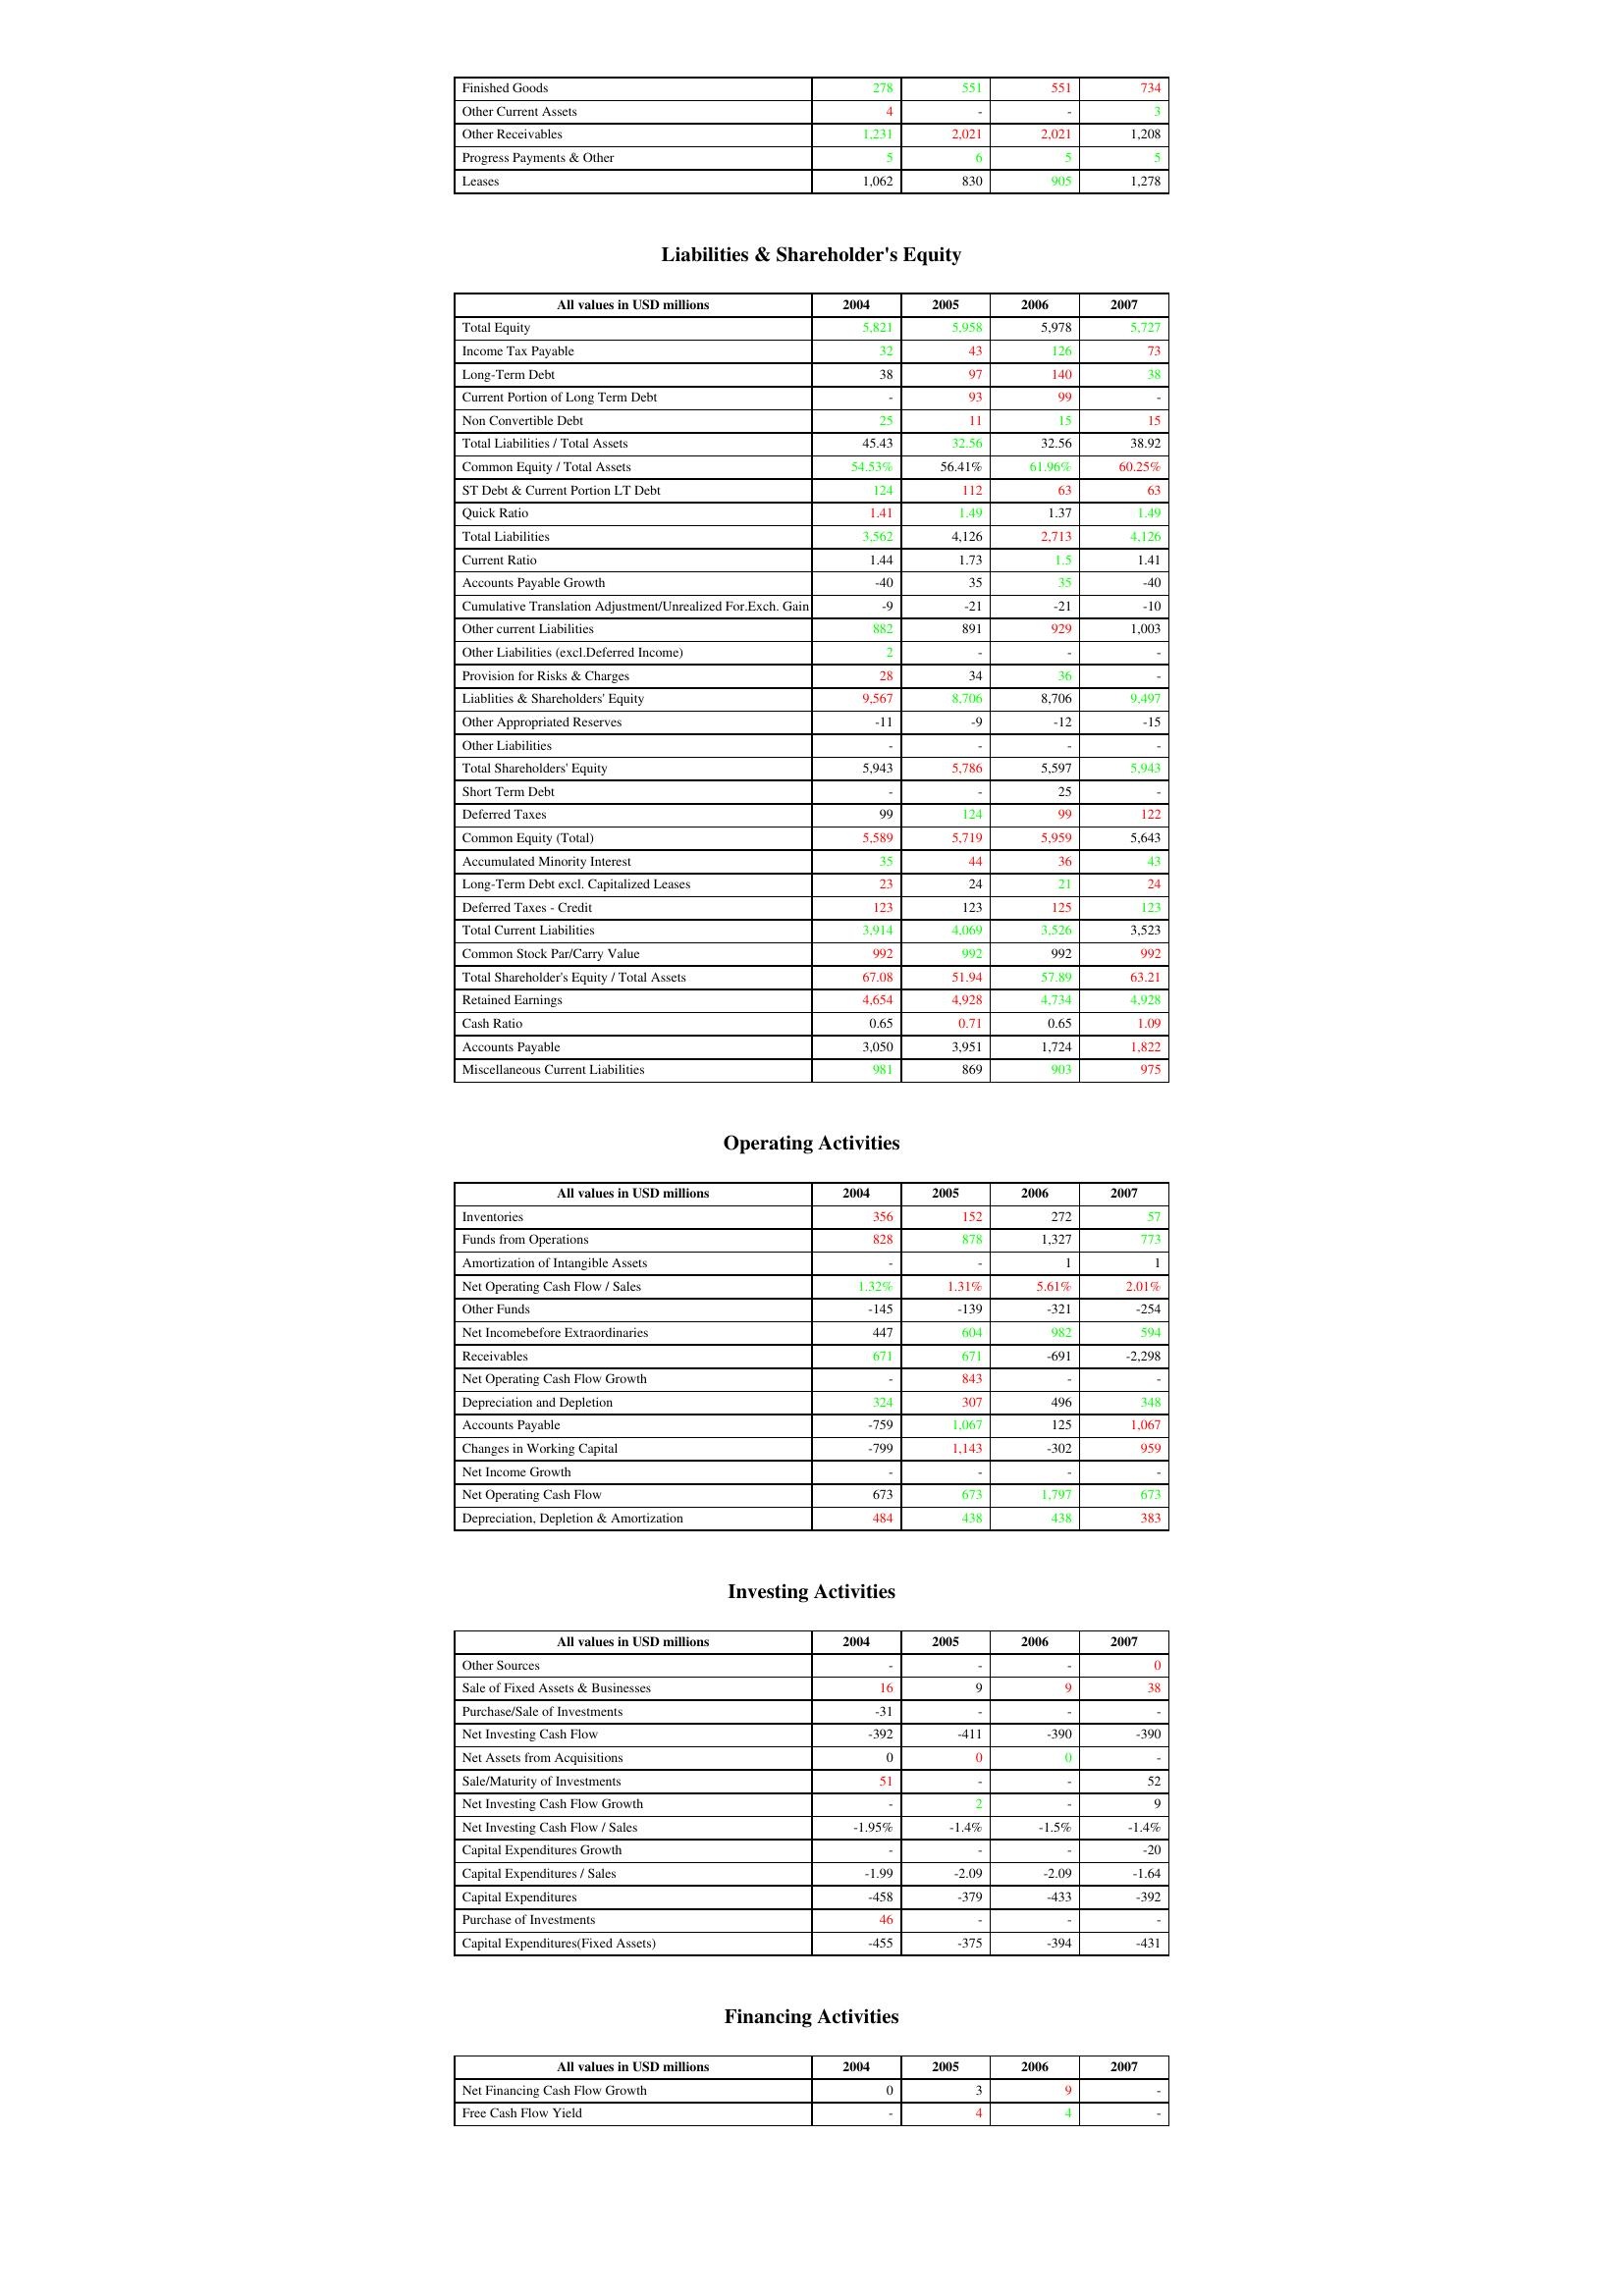
gt_parse: 2004: Assets: Finished Goods: 278
Other Current Assets: 4
Other Receivables: 1,231
Progress Payments & Other: 5
Leases: 1,062
Liabilities & Shareholder's Equity: Total Equity: 5,821
Income Tax Payable: 32
Long-Term Debt: 38
Current Portion of Long Term Debt: -
Non Convertible Debt: 25
Total Liabilities / Total Assets: 45.43
Common Equity / Total Assets: 54.53%
ST Debt & Current Portion LT Debt: 124
Quick Ratio: 1.41
Total Liabilities: 3,562
Current Ratio: 1.44
Accounts Payable Growth: -40
Cumulative Translation Adjustment/Unrealized For.Exch. Gain: -9
Other current Liabilities: 882
Other Liabilities (excl.Deferred Income): 2
Provision for Risks & Charges: 28
Liablities & Shareholders' Equity: 9,567
Other Appropriated Reserves: -11
Other Liabilities: -
Total Shareholders' Equity: 5,943
Short Term Debt: -
Deferred Taxes: 99
Common Equity (Total): 5,589
Accumulated Minority Interest: 35
Long-Term Debt excl. Capitalized Leases: 23
Deferred Taxes - Credit: 123
Total Current Liabilities: 3,914
Common Stock Par/Carry Value: 992
Total Shareholder's Equity / Total Assets: 67.08
Retained Earnings: 4,654
Cash Ratio: 0.65
Accounts Payable: 3,050
Miscellaneous Current Liabilities: 981
Operating Activities: Inventories: 356
Funds from Operations: 828
Amortization of Intangible Assets: -
Net Operating Cash Flow / Sales: 1.32%
Other Funds: -145
Net Incomebefore Extraordinaries: 447
Receivables: 671
Net Operating Cash Flow Growth: -
Depreciation and Depletion: 324
Accounts Payable: -759
Changes in Working Capital: -799
Net Income Growth: -
Net Operating Cash Flow: 673
Depreciation, Depletion & Amortization: 484
Investing Activities: Other Sources: -
Sale of Fixed Assets & Businesses: 16
Purchase/Sale of Investments: -31
Net Investing Cash Flow: -392
Net Assets from Acquisitions: 0
Sale/Maturity of Investments: 51
Net Investing Cash Flow Growth: -
Net Investing Cash Flow / Sales: -1.95%
Capital Expenditures Growth: -
Capital Expenditures / Sales: -1.99
Capital Expenditures: -458
Purchase of Investments: 46
Capital Expenditures(Fixed Assets): -455
Financing Activities: Net Financing Cash Flow Growth: 0
Free Cash Flow Yield: -
2005: Assets: Finished Goods: 551
Other Current Assets: -
Other Receivables: 2,021
Progress Payments & Other: 6
Leases: 830
Liabilities & Shareholder's Equity: Total Equity: 5,958
Income Tax Payable: 43
Long-Term Debt: 97
Current Portion of Long Term Debt: 93
Non Convertible Debt: 11
Total Liabilities / Total Assets: 32.56
Common Equity / Total Assets: 56.41%
ST Debt & Current Portion LT Debt: 112
Quick Ratio: 1.49
Total Liabilities: 4,126
Current Ratio: 1.73
Accounts Payable Growth: 35
Cumulative Translation Adjustment/Unrealized For.Exch. Gain: -21
Other current Liabilities: 891
Other Liabilities (excl.Deferred Income): -
Provision for Risks & Charges: 34
Liablities & Shareholders' Equity: 8,706
Other Appropriated Reserves: -9
Other Liabilities: -
Total Shareholders' Equity: 5,786
Short Term Debt: -
Deferred Taxes: 124
Common Equity (Total): 5,719
Accumulated Minority Interest: 44
Long-Term Debt excl. Capitalized Leases: 24
Deferred Taxes - Credit: 123
Total Current Liabilities: 4,069
Common Stock Par/Carry Value: 992
Total Shareholder's Equity / Total Assets: 51.94
Retained Earnings: 4,928
Cash Ratio: 0.71
Accounts Payable: 3,951
Miscellaneous Current Liabilities: 869
Operating Activities: Inventories: 152
Funds from Operations: 878
Amortization of Intangible Assets: -
Net Operating Cash Flow / Sales: 1.31%
Other Funds: -139
Net Incomebefore Extraordinaries: 604
Receivables: 671
Net Operating Cash Flow Growth: 843
Depreciation and Depletion: 307
Accounts Payable: 1,067
Changes in Working Capital: 1,143
Net Income Growth: -
Net Operating Cash Flow: 673
Depreciation, Depletion & Amortization: 438
Investing Activities: Other Sources: -
Sale of Fixed Assets & Businesses: 9
Purchase/Sale of Investments: -
Net Investing Cash Flow: -411
Net Assets from Acquisitions: 0
Sale/Maturity of Investments: -
Net Investing Cash Flow Growth: 2
Net Investing Cash Flow / Sales: -1.4%
Capital Expenditures Growth: -
Capital Expenditures / Sales: -2.09
Capital Expenditures: -379
Purchase of Investments: -
Capital Expenditures(Fixed Assets): -375
Financing Activities: Net Financing Cash Flow Growth: 3
Free Cash Flow Yield: 4
2006: Assets: Finished Goods: 551
Other Current Assets: -
Other Receivables: 2,021
Progress Payments & Other: 5
Leases: 905
Liabilities & Shareholder's Equity: Total Equity: 5,978
Income Tax Payable: 126
Long-Term Debt: 140
Current Portion of Long Term Debt: 99
Non Convertible Debt: 15
Total Liabilities / Total Assets: 32.56
Common Equity / Total Assets: 61.96%
ST Debt & Current Portion LT Debt: 63
Quick Ratio: 1.37
Total Liabilities: 2,713
Current Ratio: 1.5
Accounts Payable Growth: 35
Cumulative Translation Adjustment/Unrealized For.Exch. Gain: -21
Other current Liabilities: 929
Other Liabilities (excl.Deferred Income): -
Provision for Risks & Charges: 36
Liablities & Shareholders' Equity: 8,706
Other Appropriated Reserves: -12
Other Liabilities: -
Total Shareholders' Equity: 5,597
Short Term Debt: 25
Deferred Taxes: 99
Common Equity (Total): 5,959
Accumulated Minority Interest: 36
Long-Term Debt excl. Capitalized Leases: 21
Deferred Taxes - Credit: 125
Total Current Liabilities: 3,526
Common Stock Par/Carry Value: 992
Total Shareholder's Equity / Total Assets: 57.89
Retained Earnings: 4,734
Cash Ratio: 0.65
Accounts Payable: 1,724
Miscellaneous Current Liabilities: 903
Operating Activities: Inventories: 272
Funds from Operations: 1,327
Amortization of Intangible Assets: 1
Net Operating Cash Flow / Sales: 5.61%
Other Funds: -321
Net Incomebefore Extraordinaries: 982
Receivables: -691
Net Operating Cash Flow Growth: -
Depreciation and Depletion: 496
Accounts Payable: 125
Changes in Working Capital: -302
Net Income Growth: -
Net Operating Cash Flow: 1,797
Depreciation, Depletion & Amortization: 438
Investing Activities: Other Sources: -
Sale of Fixed Assets & Businesses: 9
Purchase/Sale of Investments: -
Net Investing Cash Flow: -390
Net Assets from Acquisitions: 0
Sale/Maturity of Investments: -
Net Investing Cash Flow Growth: -
Net Investing Cash Flow / Sales: -1.5%
Capital Expenditures Growth: -
Capital Expenditures / Sales: -2.09
Capital Expenditures: -433
Purchase of Investments: -
Capital Expenditures(Fixed Assets): -394
Financing Activities: Net Financing Cash Flow Growth: 9
Free Cash Flow Yield: 4
2007: Assets: Finished Goods: 734
Other Current Assets: 3
Other Receivables: 1,208
Progress Payments & Other: 5
Leases: 1,278
Liabilities & Shareholder's Equity: Total Equity: 5,727
Income Tax Payable: 73
Long-Term Debt: 38
Current Portion of Long Term Debt: -
Non Convertible Debt: 15
Total Liabilities / Total Assets: 38.92
Common Equity / Total Assets: 60.25%
ST Debt & Current Portion LT Debt: 63
Quick Ratio: 1.49
Total Liabilities: 4,126
Current Ratio: 1.41
Accounts Payable Growth: -40
Cumulative Translation Adjustment/Unrealized For.Exch. Gain: -10
Other current Liabilities: 1,003
Other Liabilities (excl.Deferred Income): -
Provision for Risks & Charges: -
Liablities & Shareholders' Equity: 9,497
Other Appropriated Reserves: -15
Other Liabilities: -
Total Shareholders' Equity: 5,943
Short Term Debt: -
Deferred Taxes: 122
Common Equity (Total): 5,643
Accumulated Minority Interest: 43
Long-Term Debt excl. Capitalized Leases: 24
Deferred Taxes - Credit: 123
Total Current Liabilities: 3,523
Common Stock Par/Carry Value: 992
Total Shareholder's Equity / Total Assets: 63.21
Retained Earnings: 4,928
Cash Ratio: 1.09
Accounts Payable: 1,822
Miscellaneous Current Liabilities: 975
Operating Activities: Inventories: 57
Funds from Operations: 773
Amortization of Intangible Assets: 1
Net Operating Cash Flow / Sales: 2.01%
Other Funds: -254
Net Incomebefore Extraordinaries: 594
Receivables: -2,298
Net Operating Cash Flow Growth: -
Depreciation and Depletion: 348
Accounts Payable: 1,067
Changes in Working Capital: 959
Net Income Growth: -
Net Operating Cash Flow: 673
Depreciation, Depletion & Amortization: 383
Investing Activities: Other Sources: 0
Sale of Fixed Assets & Businesses: 38
Purchase/Sale of Investments: -
Net Investing Cash Flow: -390
Net Assets from Acquisitions: -
Sale/Maturity of Investments: 52
Net Investing Cash Flow Growth: 9
Net Investing Cash Flow / Sales: -1.4%
Capital Expenditures Growth: -20
Capital Expenditures / Sales: -1.64
Capital Expenditures: -392
Purchase of Investments: -
Capital Expenditures(Fixed Assets): -431
Financing Activities: Net Financing Cash Flow Growth: -
Free Cash Flow Yield: -